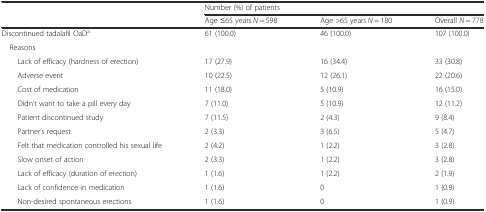
|  | <COLSPAN=3> Number (%) of patients |
 |  | Age ≤65 years N = 598 | Age >65 years N = 180 | Overall N = 778 |
 | --- | --- | --- | --- |
 | Discontinued tadalafil OaDa | 61 (100.0) | 46 (100.0) | 107 (100.0) |
 | Reasons |  |  |  |
 | Lack of efficacy (hardness of erection) | 17 (27.9) | 16 (34.4) | 33 (30.8) |
 | Adverse event | 10 (22.5) | 12 (26.1) | 22 (20.6) |
 | Cost of medication | 11 (18.0) | 5 (10.9) | 16 (15.0) |
 | Didn’t want to take a pill every day | 7 (11.0) | 5 (10.9) | 12 (11.2) |
 | Patient discontinued study | 7 (11.5) | 2 (4.3) | 9 (8.4) |
 | Partner’s request | 2 (3.3) | 3 (6.5) | 5 (4.7) |
 | Felt that medication controlled his sexual life | 2 (4.2) | 1 (2.2) | 3 (2.8) |
 | Slow onset of action | 2 (3.3) | 1 (2.2) | 3 (2.8) |
 | Lack of efficacy (duration of erection) | 1 (1.6) | 1 (2.2) | 2 (1.9) |
 | Lack of confidence in medication | 1 (1.6) | 0 | 1 (0.9) |
 | Non-desired spontaneous erections | 1 (1.6) | 0 | 1 (0.9) |